Vaccination in the Punjab 1905-1918 - 1905-1918
Year: 1905
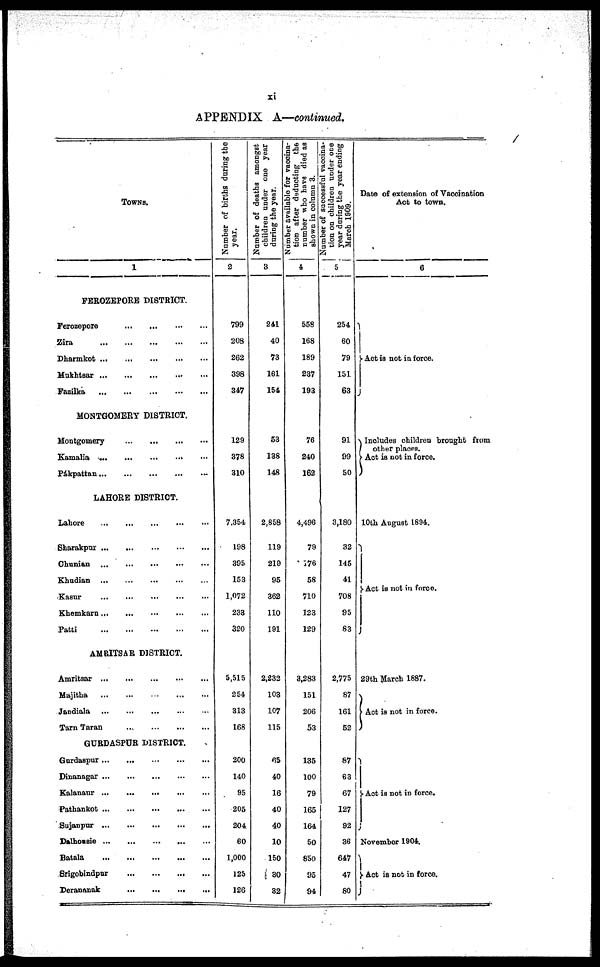
xi
APPENDIX A—continued.
TOWNS.
1
FEROZEPORE DISTRICT.
Ferozepore
... ... ... ...
Zira
... ... ... ... ...
Dharmkot... ... ... ... ...
Mukhtsar... ... ... ... ...
Fazilka
... ... ... ... ...
MONTGOMERY DISTRICT.
Montgomery
... ... ... ...
Kamalia
... ... ... ... ...
Pákpattan... ... ... ... ...
LAHORE DISTRICT.
Lahore
... ... ... ... ...
Sharakpur... ... ... ... ...
Chunian
... ... ... ... ...
Khudian
... ... ... ... ...
Kasur
... ... ... ... ...
Khemkarn... ... ... ... ...
Patti
... ... ... ... ...
AMRITSAR DISTRICT.
Amritsar... ... ... ... ...
Majitha
... ... ... ... ...
Jandiala
... ... ... ... ...
Tarn Taran
...
... ... ...
GURDASPUR DISTRICT.
Gurdaspur... ... ... ... ...
Dinanagar... ... ... ... ...
Kalanaur... ... ... ... ...
Pathankot
...
...
...
...
...
Sujanpur... ... ... ... ...
Dalhousie... ... ... ... ...
Batala
... ... ... ... ...
Srigobindpur
... ... ... ...
Derananak
... ... ... ...
Number of births during the
year.
2
799
208
262
398
347
129
378
310
7,354
198
395
153
1,072
233
320
5,515
254
313
168
200
140
95
205
204
60
1,000
125
126
Number of deaths amongst
children under one year
during the year.
3
241
40
73
161
154
53
138
148
2,858
119
219
95
362
110
191
2,232
103
107
115
65
40
16
40
40
10
150
30
32
Number available for vaccina-
tion after deducting the
number who have died as
shown in column 3.
4
558
168
189
237
193
76
240
162
4,496
79
176
58
710
123
129
3,283
151
206
53
135
100
79
165
164
50
850
95
94
Number of successful vaccina-
tion on children under one
year during the year ending
March 1909.
5
254
60
79
151
63
91
99
50
3,180
32
145
41
708
95
83
2,775
87
161
52
87
63
67
127
92
36
647
47
80
Date of extension of Vaccination
Act to town.
6
Act is not in force.
Includes children brought from
other places.
Act is not in force.
10th August 1894.
Act is not in force.
29th March 1887.
Act is not in force.
Act is not in force.
November 1904.
Act is not in force.